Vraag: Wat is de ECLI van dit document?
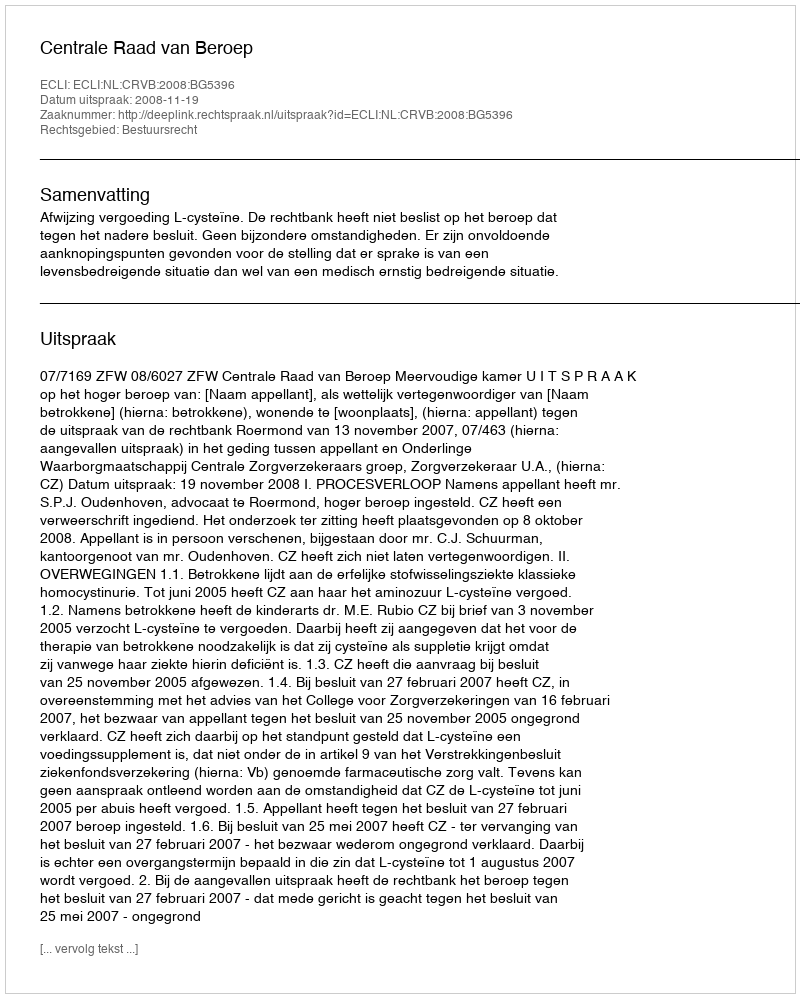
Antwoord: ECLI:NL:CRVB:2008:BG5396